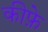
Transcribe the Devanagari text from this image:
कीफ़े